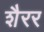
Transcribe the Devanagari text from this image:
शैरर